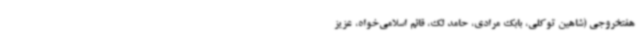
هفتخروجی (شاهین توکلی، بابک مرادی، حامد لک، قائم اسلامی‌خواه، عزیز